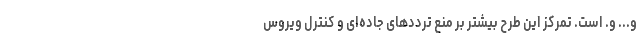
و... و. است. تمرکز این طرح بیشتر بر منع ترددهای جاده‌ای و کنترل ویروس